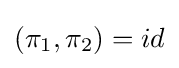
(\pi _{1},\pi _{2})=id